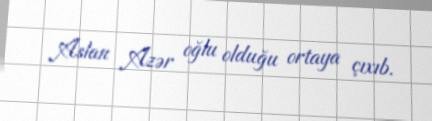
Aslan Azər oğlu olduğu ortaya çıxıb.